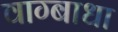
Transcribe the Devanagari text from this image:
वाग्बाधा